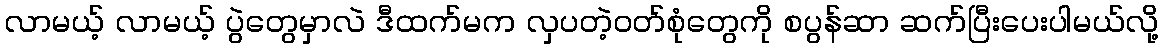
လာမယ့် လာမယ့် ပွဲတွေမှာလဲ ဒီထက်မက လှပတဲ့ဝတ်စုံတွေကို စပွန်ဆာ ဆက်ပြီးပေးပါမယ်လို့